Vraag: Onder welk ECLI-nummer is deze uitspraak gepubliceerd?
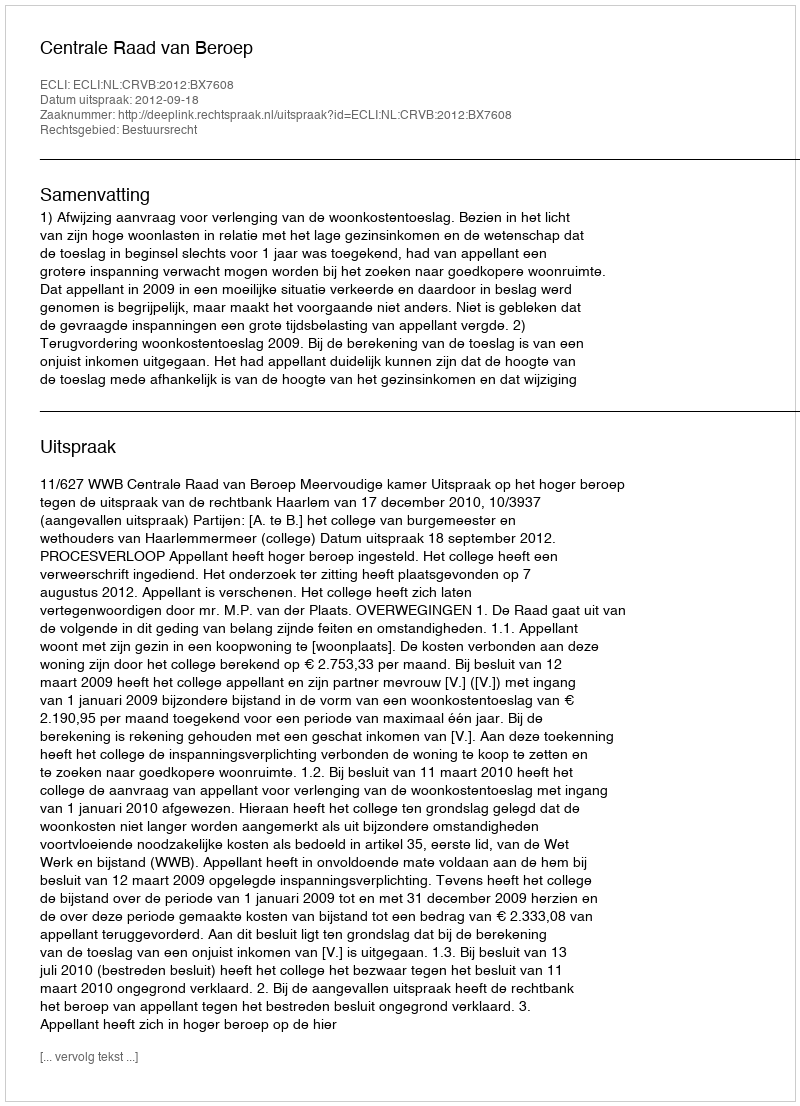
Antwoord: ECLI:NL:CRVB:2012:BX7608